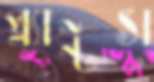
প্ল্যান্টস